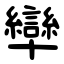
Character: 卛